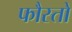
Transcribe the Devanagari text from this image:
फौस्तो